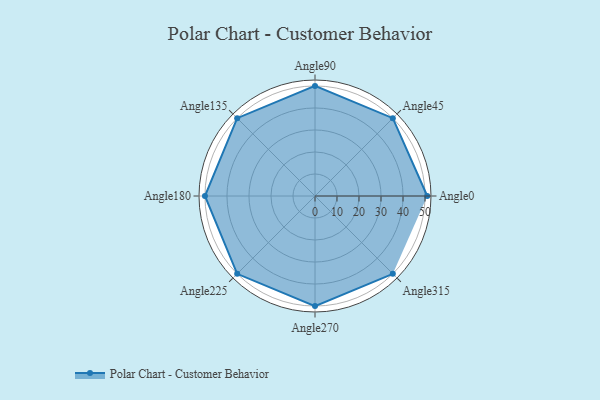
{"axis": {"x": "Angle", "y": "Radius"}, "legend": [""], "data": [{"x": "Angle0", "y": 51.0, "type": ""}, {"x": "Angle45", "y": 50, "type": ""}, {"x": "Angle90", "y": 50, "type": ""}, {"x": "Angle135", "y": 50, "type": ""}, {"x": "Angle180", "y": 50, "type": ""}, {"x": "Angle225", "y": 50, "type": ""}, {"x": "Angle270", "y": 50, "type": ""}, {"x": "Angle315", "y": 50, "type": ""}]}